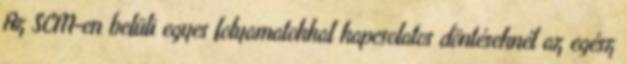
Az SCM-en belüli egyes folyamatokkal kapcsolatos döntéseknél az egész